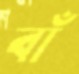
বাঁ